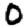
Digit: 0